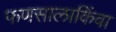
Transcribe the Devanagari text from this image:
फणसालाकिंवा